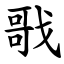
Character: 戨